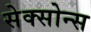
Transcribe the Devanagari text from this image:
सेक्सोन्स